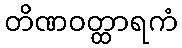
တိဏဝတ္ထာရကံ